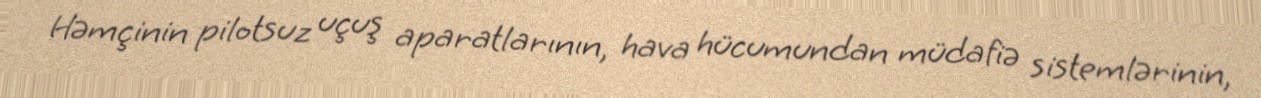
Həmçinin pilotsuz uçuş aparatlarının, hava hücumundan müdafiə sistemlərinin,